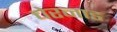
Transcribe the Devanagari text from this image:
चेरनाड